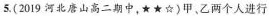
5.(2019河北唐山高二期中，★★☆)甲、乙两个人进行